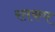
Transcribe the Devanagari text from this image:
रतकप